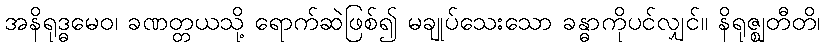
အနိရုဒ္ဓမေဝ၊ ခဏတ္တယသို့ ရောက်ဆဲဖြစ်၍ မချုပ်သေးသော ခန္ဓာကိုပင်လျှင်။ နိရုဇ္ဈတီတိ၊